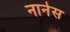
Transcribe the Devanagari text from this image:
नानेस